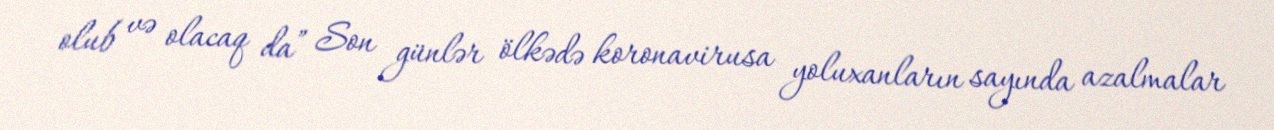
olub və olacaq da” Son günlər ölkədə koronavirusa yoluxanların sayında azalmalar